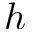
h